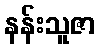
နန်းသူဇာ